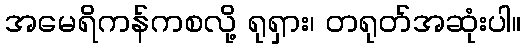
အမေရိကန်ကစလို့ ရုရှား၊ တရုတ်အဆုံးပါ။